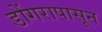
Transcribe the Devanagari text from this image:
डोंगरापासून